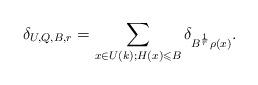
LaTeX: \begin{align*}\delta_{U,Q,B,r}=\sum_{x\in U(k);H(x)\leqslant B}\delta_{B^{\frac{1}{r}}\rho(x)}.\end{align*}